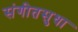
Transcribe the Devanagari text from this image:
संगीतसुधा